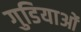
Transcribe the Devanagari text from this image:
गुडियाओं